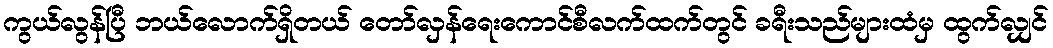
ကွယ်လွန်ပြီ ဘယ်လောက်ရှိတယ် တော်လှန်ရေးကောင်စီလက်ထက်တွင် ခရီးသည်များထံမှ ထွက်လျှင်